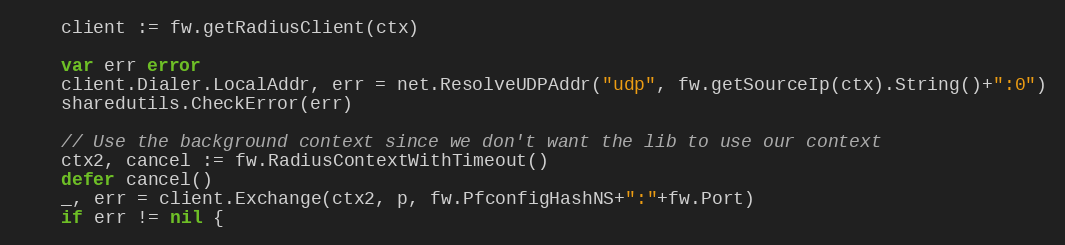
Language: Go
	client := fw.getRadiusClient(ctx)

	var err error
	client.Dialer.LocalAddr, err = net.ResolveUDPAddr("udp", fw.getSourceIp(ctx).String()+":0")
	sharedutils.CheckError(err)

	// Use the background context since we don't want the lib to use our context
	ctx2, cancel := fw.RadiusContextWithTimeout()
	defer cancel()
	_, err = client.Exchange(ctx2, p, fw.PfconfigHashNS+":"+fw.Port)
	if err != nil {